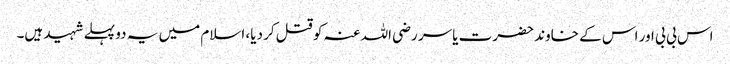
اس بی بی اور اس کے خاوند حضرت یاسر رضی اللہ عنہ کو قتل کر دیا، اسلام میں یہ دو پہلے شہید ہیں۔